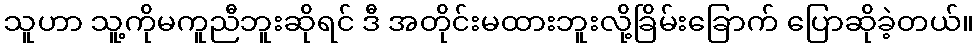
သူဟာ သူ့ကိုမကူညီဘူးဆိုရင် ဒီ အတိုင်းမထားဘူးလို့ခြိမ်းခြောက် ပြောဆိုခဲ့တယ်။